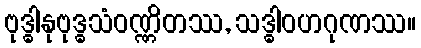
ဗုဒ္ဓါနုဗုဒ္ဓသံဝဏ္ဏိတဿ, သဒ္ဓါဝဟဂုဏဿ။